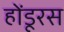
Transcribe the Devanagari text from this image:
होंडूरस